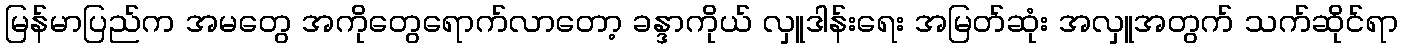
မြန်မာပြည်က အမတွေ အကိုတွေရောက်လာတော့ ခန္ဒာကိုယ် လှူဒါန်းရေး အမြတ်ဆုံး အလှူအတွက် သက်ဆိုင်ရာ